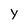
Character: y